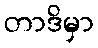
တာဒိမှာ